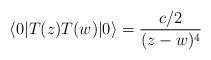
LaTeX: \begin{align*}\langle 0 | T(z) T(w) |0\rangle= \frac{c/2}{(z-w)^4}\end{align*}